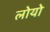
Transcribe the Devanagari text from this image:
लोयो